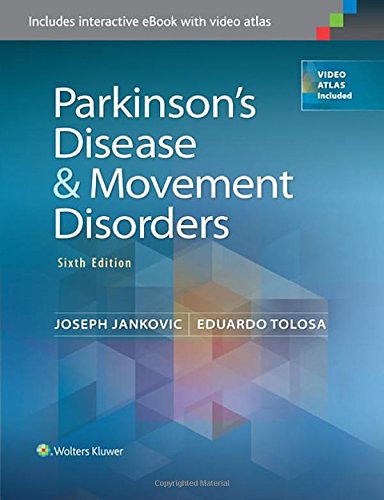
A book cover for Parkinson's Disease and Movement Disorders; Dr. Joseph Jankovic  MD; Health, Fitness & Dieting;